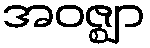
အဝဇ္ဈာ